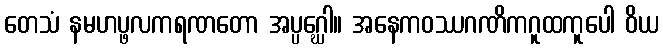
တေသံ နမဟပ္ဖလကရဏတော အပ္ပဂ္ဃေါ။ အနေကဝဿဂဏိကဂူထကူပေါ ဝိယ